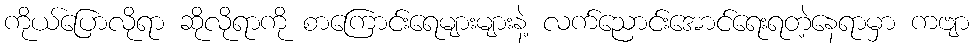
ကိုယ်ပြောလိုရာ ဆိုလိုရာကို စာကြောင်းရေများများနဲ့ လက်ညောင်းအောင်ရေးရတဲ့နေရာမှာ ကဗျာ